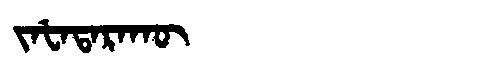
Manchu: ᠵᠠᡶᠠᡨᠠᡵᠠᡴᡡ
Romanization: JAFATARAKŪ